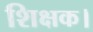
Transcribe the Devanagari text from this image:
शिक्षक।